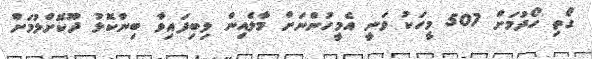
ގޯތި ހޯދުމަށް 507 މީހަކު ވަނީ އެމީހުންނަށް މާލެއިން ލިބިފައިވާ ބިންކޮޅު ދޫކޮށްލުމަށް